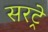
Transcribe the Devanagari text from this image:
सरट्रे